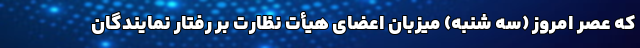
که عصر امروز (سه شنبه) میزبان اعضای هیأت نظارت بر رفتار نمایندگان